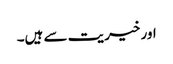
اور خیریت سے ہیں۔